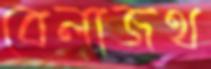
বেলাজথ